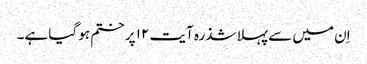
اِن میں سے پہلا شذرہ آیت ۱۲ پر ختم ہو گیا ہے۔